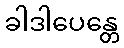
ခါဒါပေန္တေ